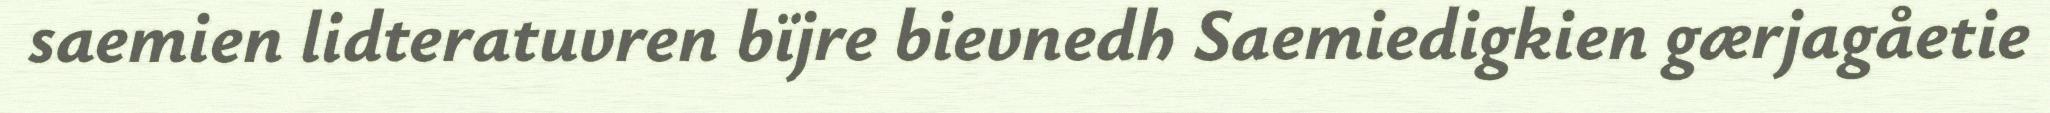
saemien lidteratuvren bïjre bievnedh Saemiedigkien gærjagåetie